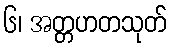
၆၊ အတ္တဟတသုတ်